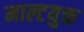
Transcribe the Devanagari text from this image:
माल्टयुक्त